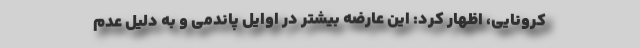
کرونایی، اظهار کرد: این عارضه بیشتر در اوایل پاندمی و به دلیل عدم